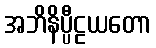
အဘိနိပ္ပီဠယတော